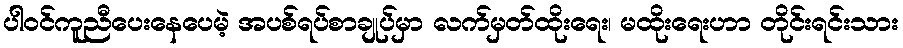
ပါဝင်ကူညီပေးနေပေမဲ့ အပစ်ရပ်စာချုပ်မှာ လက်မှတ်ထိုးရေး၊ မထိုးရေးဟာ တိုင်းရင်းသား